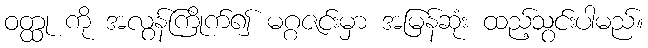
ဝတ္ထု ကို အလွန်ကြိုက်၍ မဂ္ဂဇင်းမှာ အမြန်ဆုံး ထည့်သွင်းပါမည်။